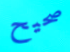
صحيح